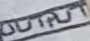
Text: OUTPUT